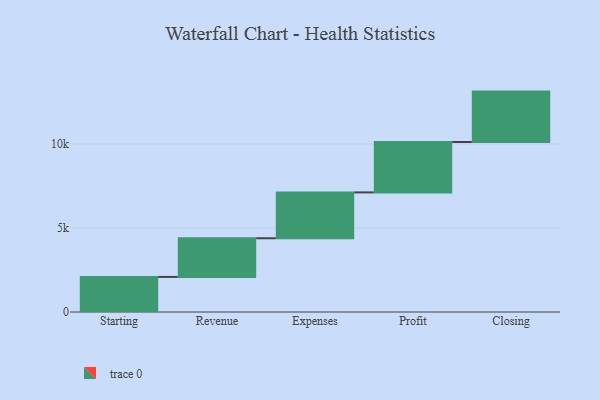
{"axis": {"x": "Step", "y": "Value"}, "legend": [""], "data": [{"x": "Starting", "y": 2089.0, "type": ""}, {"x": "Revenue", "y": 2301.0, "type": ""}, {"x": "Expenses", "y": 2731.0, "type": ""}, {"x": "Profit", "y": 3000, "type": ""}, {"x": "Closing", "y": 3000, "type": ""}]}